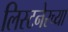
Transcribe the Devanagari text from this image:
लिस्टनेरच्या